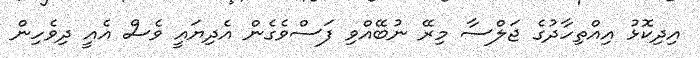
އިދިކޮޅު އިއްތިހާދުގެ ޖަލްސާ މިރޭ ނުބޭއްވި ފަސްވެގެން އެދިޔައީ ވެސް އެއީ ދިވެހިން